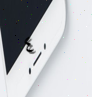
٤